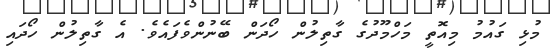
މުޅި ގައުމު މިއޮތީ މަހްމޫދުގެ ގާތިލުން ހޯދަން ބޭނުންވެފައެވެ. އެ ގާތިލުން ހޯދައި